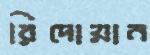
রিদোয়ান